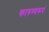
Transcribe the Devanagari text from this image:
कारुण्यरूपं